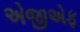
એજીએફ